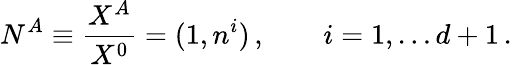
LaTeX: N^{A}\equiv{\frac{X^{A}}{X^{0}}}=(1,n^{i})\, ,\qquad i=1,\dots d+1\, .